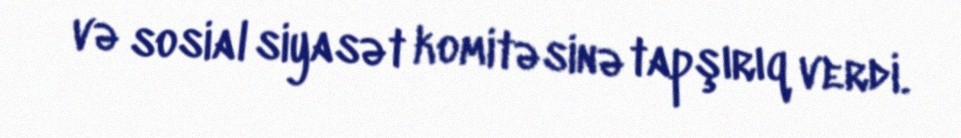
və sosial siyasət komitəsinə tapşırıq verdi.